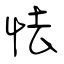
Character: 怯